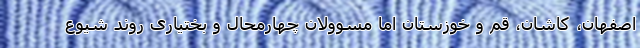
اصفهان، کاشان، قم و خوزستان اما مسوولان چهارمحال و بختیاری روند شیوع